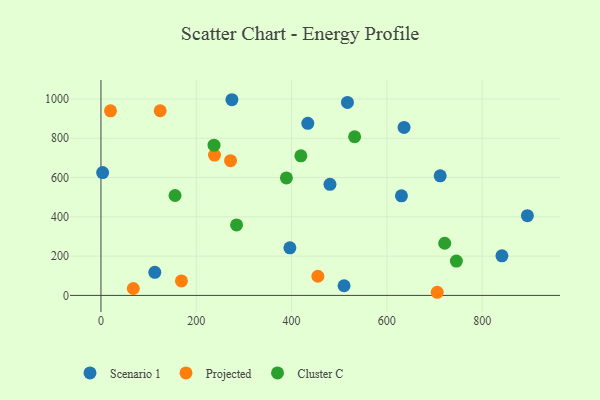
{"axis": {"x": "Distance", "y": "Fuel Efficiency"}, "legend": ["Cluster C", "Projected", "Scenario 1"], "data": [{"x": "841.5", "y": 201.6, "type": "Scenario 1"}, {"x": "517.3", "y": 982.3, "type": "Scenario 1"}, {"x": "630.6", "y": 507.0, "type": "Scenario 1"}, {"x": "3.5", "y": 625.6, "type": "Scenario 1"}, {"x": "480.6", "y": 565.5, "type": "Scenario 1"}, {"x": "434.1", "y": 876.1, "type": "Scenario 1"}, {"x": "894.9", "y": 405.9, "type": "Scenario 1"}, {"x": "396.5", "y": 242.1, "type": "Scenario 1"}, {"x": "636.1", "y": 855.4, "type": "Scenario 1"}, {"x": "711.9", "y": 608.9, "type": "Scenario 1"}, {"x": "274.8", "y": 996.2, "type": "Scenario 1"}, {"x": "113.0", "y": 117.6, "type": "Scenario 1"}, {"x": "510.2", "y": 49.2, "type": "Scenario 1"}, {"x": "124.3", "y": 940.1, "type": "Projected"}, {"x": "20.0", "y": 939.8, "type": "Projected"}, {"x": "271.9", "y": 686.1, "type": "Projected"}, {"x": "238.3", "y": 714.6, "type": "Projected"}, {"x": "705.7", "y": 16.0, "type": "Projected"}, {"x": "67.9", "y": 35.1, "type": "Projected"}, {"x": "455.2", "y": 97.6, "type": "Projected"}, {"x": "168.9", "y": 73.9, "type": "Projected"}, {"x": "721.4", "y": 265.6, "type": "Cluster C"}, {"x": "389.2", "y": 598.0, "type": "Cluster C"}, {"x": "419.5", "y": 710.7, "type": "Cluster C"}, {"x": "237.3", "y": 764.6, "type": "Cluster C"}, {"x": "284.6", "y": 358.7, "type": "Cluster C"}, {"x": "745.9", "y": 174.8, "type": "Cluster C"}, {"x": "532.4", "y": 807.6, "type": "Cluster C"}, {"x": "155.5", "y": 508.6, "type": "Cluster C"}]}